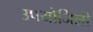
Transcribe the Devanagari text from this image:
उपयोजिली